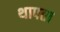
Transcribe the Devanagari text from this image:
थापता